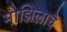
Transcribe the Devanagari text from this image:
मोझिलाचे